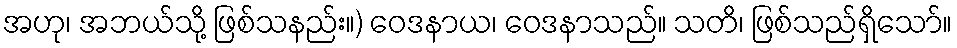
အဟု၊ အဘယ်သို့ ဖြစ်သနည်း။) ဝေဒနာယ၊ ဝေဒနာသည်။ သတိ၊ ဖြစ်သည်ရှိသော်။